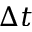
\Delta t